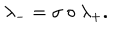
LaTeX: \lambda _ { - } = \sigma \circ \lambda _ { + } .